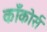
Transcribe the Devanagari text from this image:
काँकोर्स